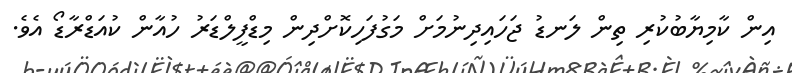
އިން ކާމިޔާބުކުރި ތިން ލަނޑު ޖަހައިދިނުމަށް މަގުފަހިކޮށްދިން މިޑްފީލްޑަރު ހުއާން ކުއަޑްރާޑޯ އެވެ.